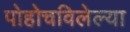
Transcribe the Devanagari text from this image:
पोहोचविलेल्या